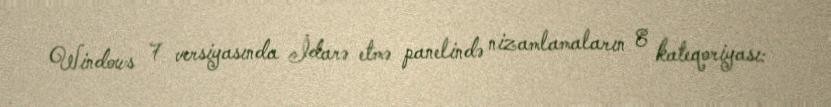
Windows 7 versiyasında İdarə etmə panelində nizamlamaların 8 kateqoriyası: